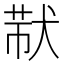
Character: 𤟓